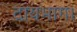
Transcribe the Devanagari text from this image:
दायभाग।